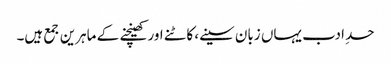
حدِ ادب یہاں زبان سینے، کاٹنے اور کھینچنے کے ماہرین جمع ہیں۔